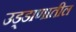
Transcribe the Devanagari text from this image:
उड्डाणातील